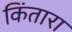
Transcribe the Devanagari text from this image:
किंतारा